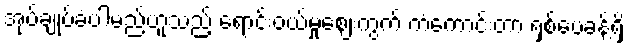
အုပ်ချုပ်ခံပါမည်ဟူသည့် ရောင်းဝယ်မှုဈေးကွက် ကံကောင်းတာ ရှစ်ပေခန့်ရှိ